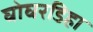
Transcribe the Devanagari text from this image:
घोघरडिहा